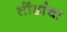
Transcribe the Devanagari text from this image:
तोंडांचा